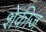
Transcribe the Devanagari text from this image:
शेकीज